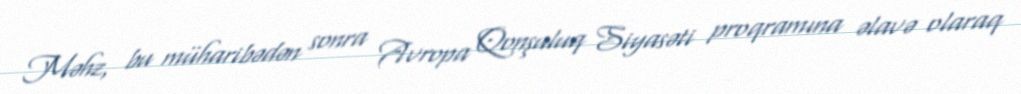
Məhz, bu müharibədən sonra Avropa Qonşuluq Siyasəti proqramına əlavə olaraq